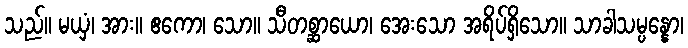
သည်။ မယှံ၊ အား။ ဧကော၊ သော။ သီတစ္ဆာယော၊ အေးသော အရိပ်ရှိသော။ သာခါသမ္ပန္နော၊